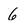
Character: 6